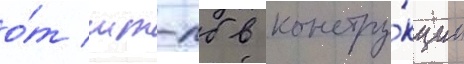
о́т мт-лб в констру́кции